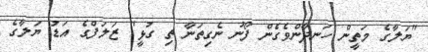
"ޔަލާގެ މަތީން ހަނދާންވެގެން ފޯނު ނެގިތަނާ ތި ގުޅީ" ޒަލަފްގެ އަޑު ޔަލާގެ